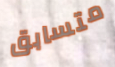
متسابق